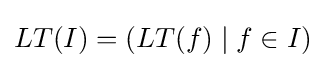
LT(I)=(LT(f)\mid f\in I)